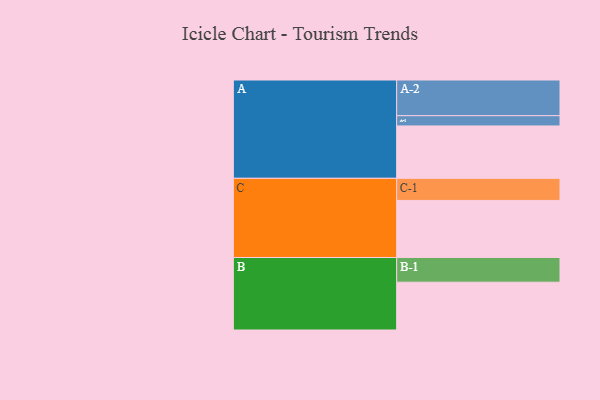
{"axis": {"x": "Segment", "y": "Value"}, "legend": ["", "A", "B", "C"], "data": [{"x": "A", "y": 424, "type": ""}, {"x": "B", "y": 387, "type": ""}, {"x": "C", "y": 462, "type": ""}, {"x": "A-1", "y": 83, "type": "A"}, {"x": "A-2", "y": 289, "type": "A"}, {"x": "B-1", "y": 200, "type": "B"}, {"x": "C-1", "y": 179, "type": "C"}]}